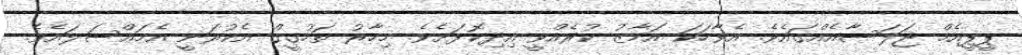
ޕީޕީއެމް ޖަލަސާއެއްގައެވެ. އެވާހަކަ އަމާޒު ކުރެއްވީ އިދިކޮޅަށެވެ. މިހާރު ތަހުގީގް އެކުރަނީ އެމައްސަލައެވެ.